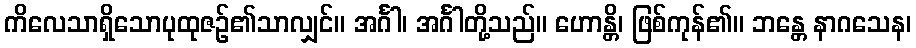
ကိလေသာရှိသောပုထုဇဉ်၏သာလျှင်။ အင်္ဂါ၊ အင်္ဂါတို့သည်။ ဟောန္တိ၊ ဖြစ်ကုန်၏။ ဘန္တေ နာဂသေန၊